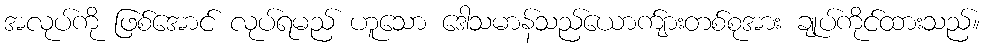
အလုပ်ကို ဖြစ်အောင် လုပ်ရမည် ဟူသော ဒေါသမာန်သည်ယောက်ျားတစ်စုအား ချုပ်ကိုင်ထားသည်။